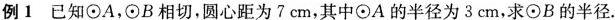
例1 已知\odot A，\odot B相切，圆心距为7cm，其中\odot A的半径为3cm，求\odot B的半径.